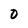
Character: 0